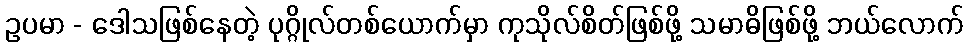
ဥပမာ - ဒေါသဖြစ်နေတဲ့ ပုဂ္ဂိုလ်တစ်ယောက်မှာ ကုသိုလ်စိတ်ဖြစ်ဖို့ သမာဓိဖြစ်ဖို့ ဘယ်လောက်